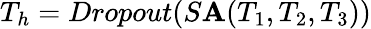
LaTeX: T_{h}=Dropout(S\mathbf{A}(T_{1},T_{2},T_{3}))